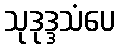
သုဒုဒ္ဒသံပေ